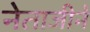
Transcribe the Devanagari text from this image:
नेताजीने